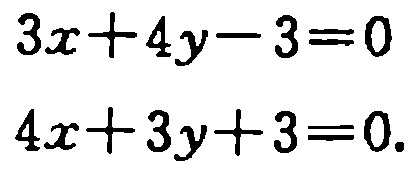
\[

\begin{align*}

3x + 4y - 3&=0\\

4x + 3y + 3&=0.

\end{align*}

\]